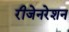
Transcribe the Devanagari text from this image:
रीजेनरेशन